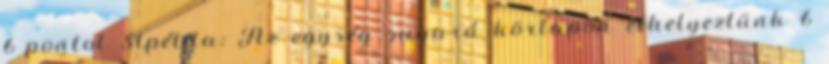
6 pontot 51.példa: Az egység sugarú körlapon elhelyeztünk 6